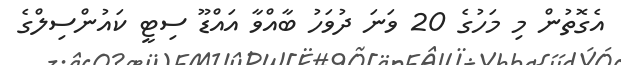
އެގޮތުން މި މަހުގެ 20 ވަނަ ދުވަހު ބާއްވާ އައްޑޫ ސިޓީ ކައުންސިލްގެ